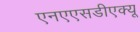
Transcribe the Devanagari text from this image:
एनएएसडीएक्यू